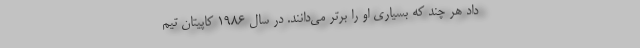
داد هر چند که بسیاری او را برتر می‌دانند. در سال 1986 کاپیتان تیم